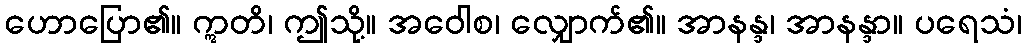
ဟောပြော၏။ ဣတိ၊ ဤသို့။ အဝေါစ၊ လျှောက်၏။ အာနန္ဒ၊ အာနန္ဒာ။ ပရေသံ၊